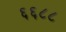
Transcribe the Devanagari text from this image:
६६८८